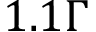
1 . 1 \Gamma